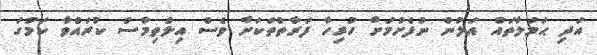
އަދި ޙަމަލާތައް އަލުން ނުފެށުމަށް ހުރިހާ ފަރާތްތަކަށް ވެސް އިލްތިމާސް ކުރައްވާ ކަމުގަ